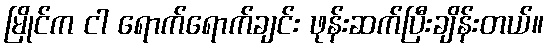
မြိုင်က ငါ ရောက်ရောက်ချင်း ဖုန်းဆက်ပြီးချိန်းတယ်။